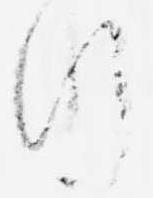
行